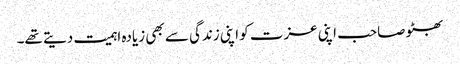
بھٹو صاحب اپنی عزت کو اپنی زندگی سے بھی زیادہ اہمیت دیتے تھے۔